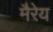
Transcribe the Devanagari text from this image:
मैरेय